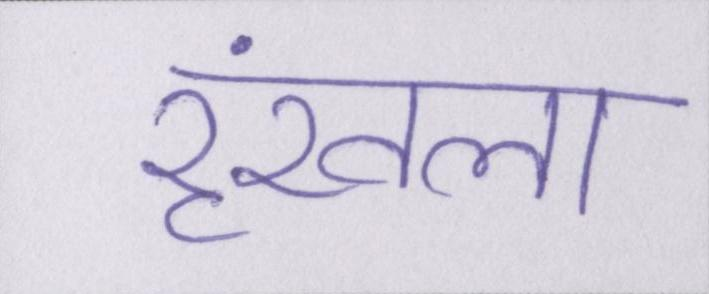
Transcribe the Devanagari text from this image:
रॄंखला